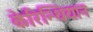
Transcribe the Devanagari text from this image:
केरिन्थियान